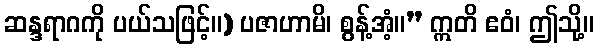
ဆန္ဒရာဂကို ပယ်သဖြင့်။) ပဇာဟာမိ၊ စွန့်အံ့။” ဣတိ ဧဝံ၊ ဤသို့။